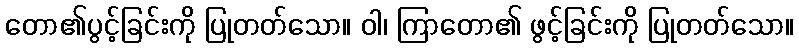
တော၏ပွင့်ခြင်းကို ပြုတတ်သော။ ဝါ၊ ကြာတော၏ ဖွင့်ခြင်းကို ပြုတတ်သော။